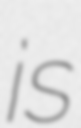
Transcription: is